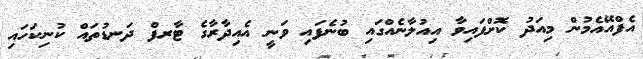
އެފްއޭއެމުން މިއަދު ކޮށްފައިވާ އިއުލާނެއްގައި ބުނެފައި ވަނީ އެއިދާރާގެ ޓާރފް ދަނޑުތައް ކުނިކަހައި